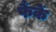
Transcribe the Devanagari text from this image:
फैंकें